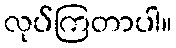
လုပ်ကြတာပါ။